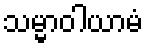
သမ္မာဝါယာမံ